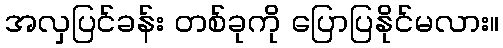
အလှပြင်ခန်း တစ်ခုကို ပြောပြနိုင်မလား။